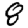
Digit: 8